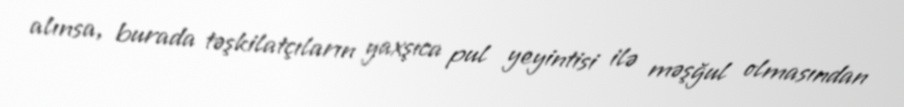
alınsa, burada təşkilatçıların yaxşıca pul yeyintisi ilə məşğul olmasından